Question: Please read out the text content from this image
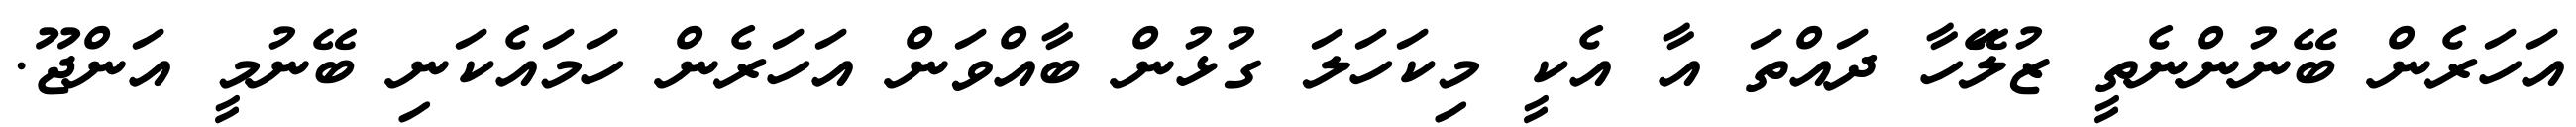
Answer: އަހަރެން ބޭނުންނެތީ ޒުލޭަހާ ދައްތަ އާ އެކީ މިކަހަލަ ގުޅުން ބާއްވަން އަހަރެން ހަމައެކަނި ބޭނުމީ އަންޖޫ.